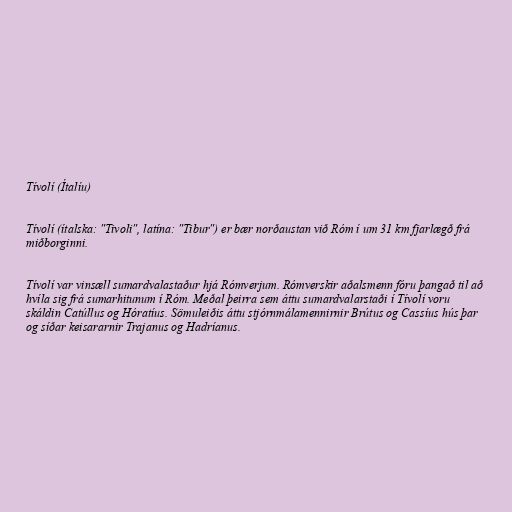
Tívolí (Ítalíu)

Tívolí (ítalska: "Tivoli", latína: "Tibur") er bær norðaustan við Róm í um 31 km fjarlægð frá
miðborginni.

Tívolí var vinsæll sumardvalastaður hjá Rómverjum. Rómverskir aðalsmenn fóru þangað til að
hvíla sig frá sumarhitunum í Róm. Meðal þeirra sem áttu sumardvalarstaði í Tívolí voru
skáldin Catúllus og Hóratíus. Sömuleiðis áttu stjórnmálamennirnir Brútus og Cassíus hús þar
og síðar keisararnir Trajanus og Hadríanus.